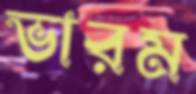
ভারম